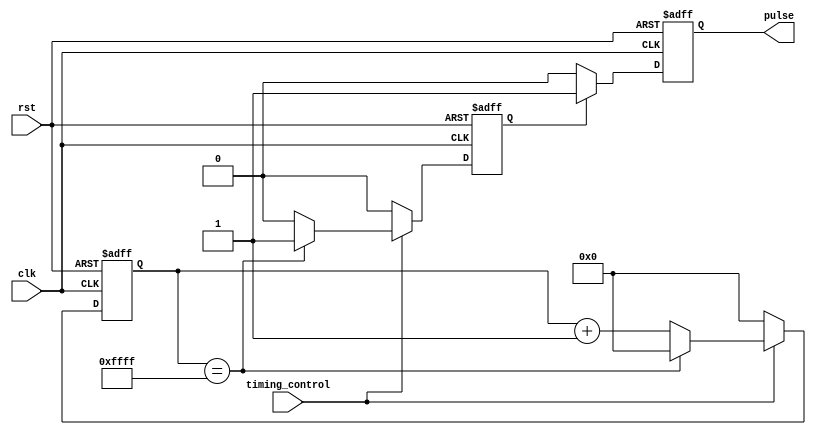
module synchronous_pulse_generator(
    input wire clk,
    input wire rst,
    input wire timing_control,
    output reg pulse
);

reg [15:0] counter;
reg pulse_generator_enable;

always @(posedge clk or posedge rst) begin
    if (rst) begin
        counter <= 16'h0000;
        pulse_generator_enable <= 1'b0;
        pulse <= 1'b0;
    end else begin
        if (timing_control) begin
            if (counter == 16'hFFFF) begin
                counter <= 16'h0000;
                pulse_generator_enable <= 1'b1;
            end else begin
                counter <= counter + 1;
                pulse_generator_enable <= 1'b0;
            end
        end else begin
            counter <= 16'h0000;
            pulse_generator_enable <= 1'b0;
        end

        if (pulse_generator_enable) begin
            pulse <= 1'b1;
        end else begin
            pulse <= 1'b0;
        end
    end
end

endmodule